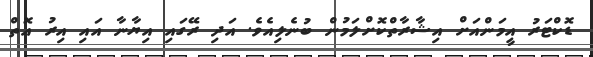
ޑޮކްޓަރު އީމަންއަށް އިޝާރާތްކޮށްލަމުން ބުނެލިއެވެ. އަދި ރޭގައި އިޔާނާ އައި އިރު އޮތް